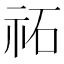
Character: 祏